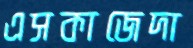
এসকাজেদা